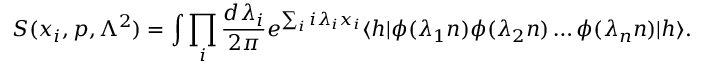
S ( x _ { i } , p , { \Lambda } ^ { 2 } ) = \int \prod _ { i } \frac { d { \lambda } _ { i } } { 2 \pi } e ^ { \sum _ { i } i { \lambda } _ { i } x _ { i } } \langle h | \phi ( { \lambda } _ { 1 } n ) \phi ( { \lambda } _ { 2 } n ) \dots \phi ( { \lambda } _ { n } n ) | h \rangle .